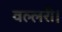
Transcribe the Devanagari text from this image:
वल्लरी।